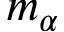
m _ { \alpha }